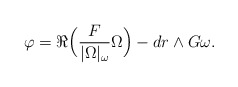
\begin{align*} \varphi = \Re \Big(\frac{F}{|\Omega|_\omega} \Omega \Big) - dr \wedge G \omega.\end{align*}